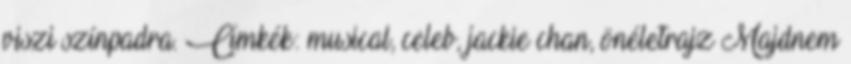
viszi színpadra. Címkék: musical, celeb, jackie chan, önéletrajz Majdnem